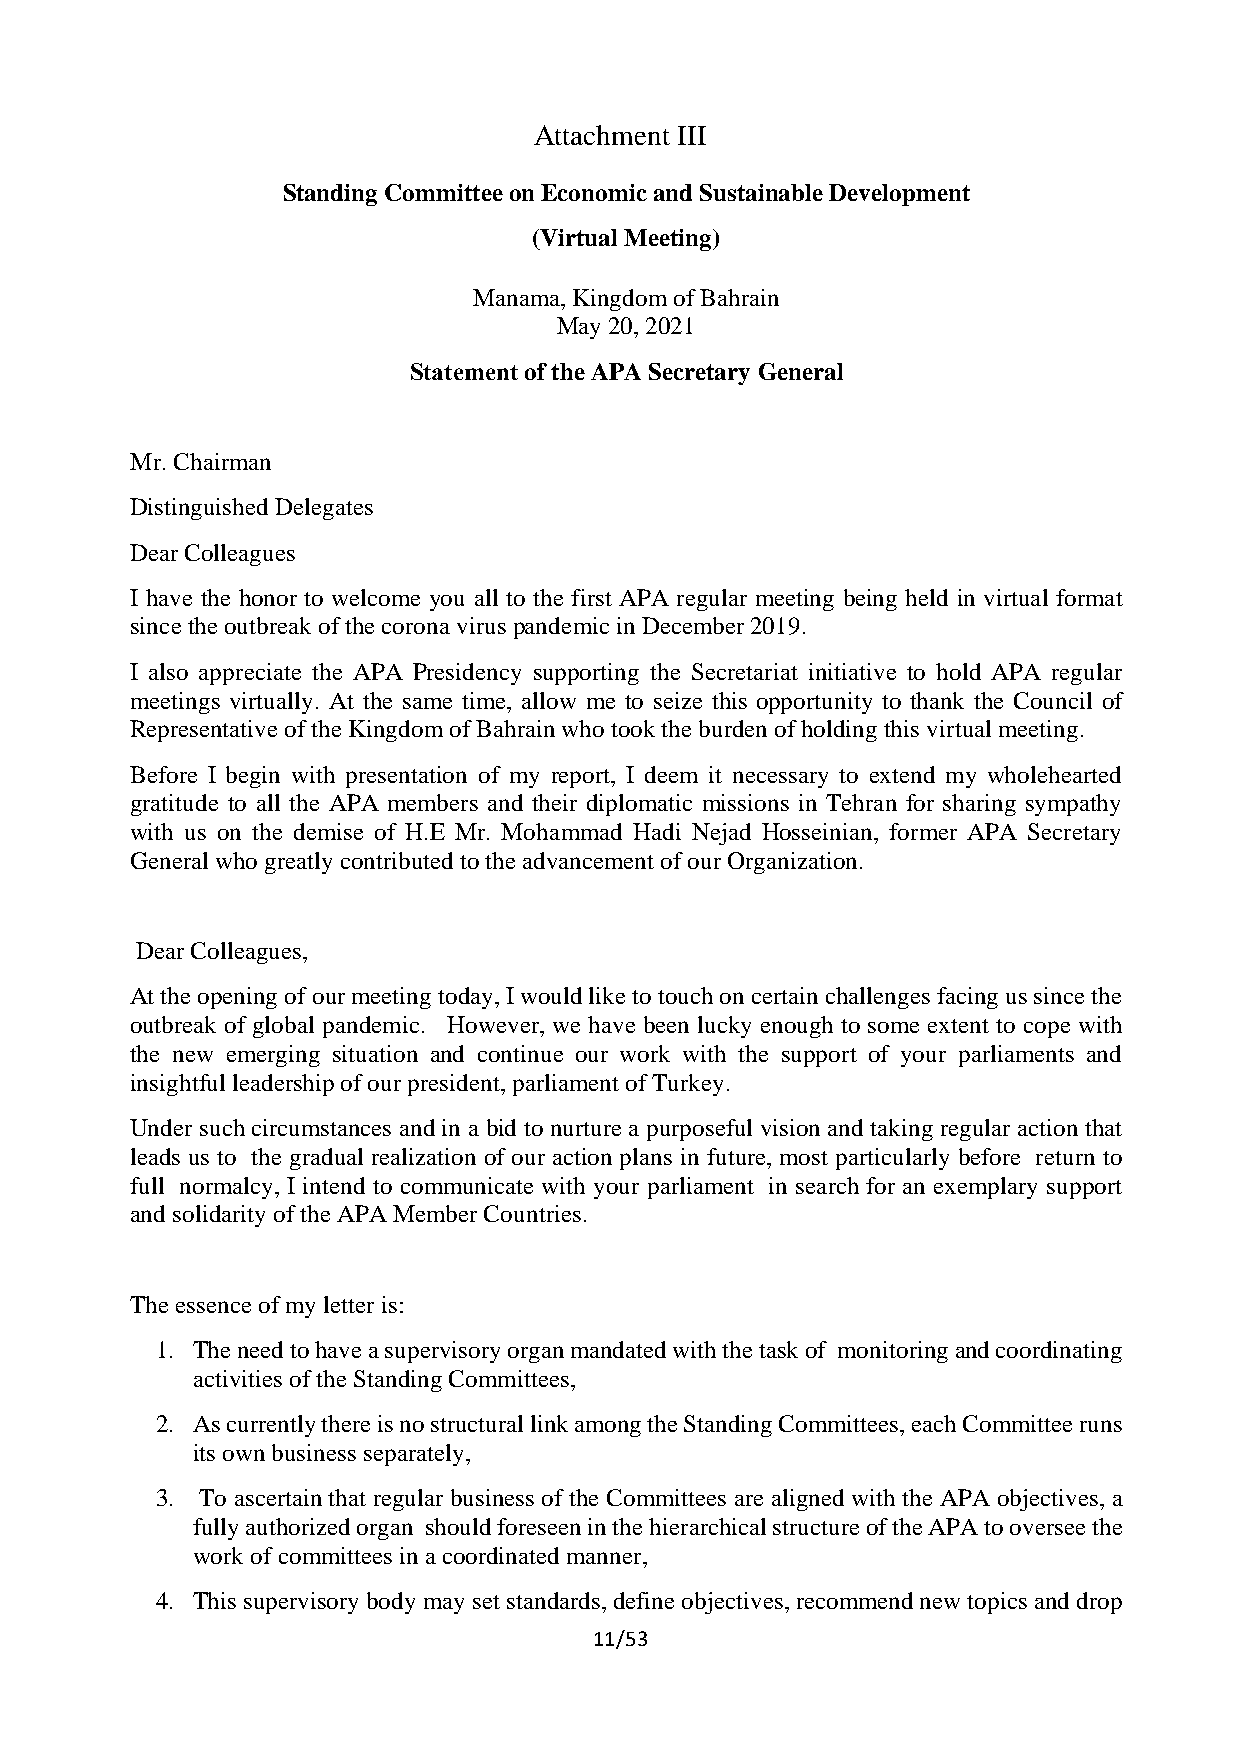
Attachment III
 Standing Committee on Economic and Sustainable Development
 (Virtual Meeting)
 Manama, Kingdom of Bahrain
 May 20, 2021
 Statement of the APA Secretary General
 Mr. Chairman
 Distinguished Delegates
 Dear Colleagues
 I have the honor to welcome you all to the first APA regular meeting being held in virtual format
 since the outbreak of the corona virus pandemic in December 2019.
 I also appreciate the APA Presidency supporting the Secretariat initiative to hold APA regular
 meetings virtually. At the same time, allow me to seize this opportunity to thank the Council of
 Representative of the Kingdom of Bahrain who took the burden of holding this virtual meeting.
 Before I begin with presentation of my report, I deem it necessary to extend my wholehearted
 gratitude to all the APA members and their diplomatic missions in Tehran for sharing sympathy
 with us on the demise of H.E Mr. Mohammad Hadi Nejad Hosseinian, former APA Secretary
 General who greatly contributed to the advancement of our Organization.
 Dear Colleagues,
 At the opening of our meeting today, I would like to touch on certain challenges facing us since the
 outbreak of global pandemic. However, we have been lucky enough to some extent to cope with
 the new emerging situation and continue our work with the support of your parliaments and
 insightful leadership of our president, parliament of Turkey.
 Under such circumstances and in a bid to nurture a purposeful vision and taking regular action that
 leads us to the gradual realization of our action plans in future, most particularly before return to
 full normalcy, I intend to communicate with your parliament in search for an exemplary support
 and solidarity of the APA Member Countries.
 The essence of my letter is:
 1. The need to have a supervisory organ mandated with the task of monitoring and coordinating
 activities of the Standing Committees,
 2. As currently there is no structural link among the Standing Committees, each Committee runs
 its own business separately,
 3. To ascertain that regular business of the Committees are aligned with the APA objectives, a
 fully authorized organ should foreseen in the hierarchical structure of the APA to oversee the
 work of committees in a coordinated manner,
 4. This supervisory body may set standards, define objectives, recommend new topics and drop
 11/53